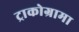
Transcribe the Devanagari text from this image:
ट्राकोग्रामा